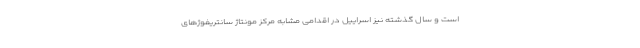
است و سال گذشته نیز اسراییل در اقدامی مشابه مرکز مونتاژ سانتریفوژهای